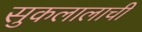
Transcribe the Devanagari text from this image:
सुकलालाची